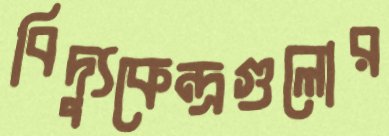
বিদ্যুকেন্দ্রগুলোর